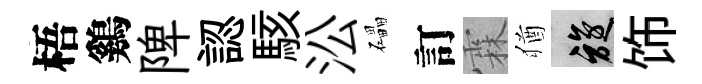
梧鷄陴認駭㳂礧訂霖猶旋饰